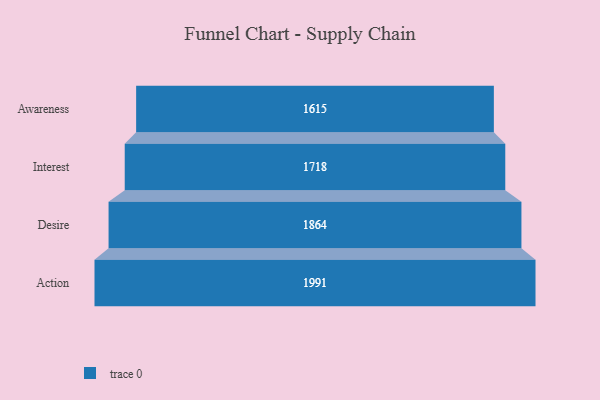
{"axis": {"x": "Stage", "y": "Value"}, "legend": [""], "data": [{"x": "Awareness", "y": 1615.0, "type": ""}, {"x": "Interest", "y": 1718.0, "type": ""}, {"x": "Desire", "y": 1864.0, "type": ""}, {"x": "Action", "y": 1991.0, "type": ""}]}